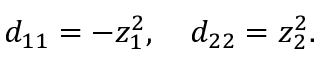
d _ { 1 1 } = - z _ { 1 } ^ { 2 } , \quad d _ { 2 2 } = z _ { 2 } ^ { 2 } .